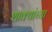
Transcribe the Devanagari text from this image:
शाक्यांच्या